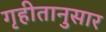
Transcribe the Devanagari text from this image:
गृहीतानुसार